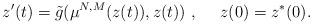
LaTeX: \begin{align*}z'(t)=\tilde{g}(\mu^{N,M}(z(t)), z(t)) \ , \ \ \ \ z(0) = z^*(0).\end{align*}